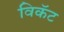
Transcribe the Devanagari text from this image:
विकॅट